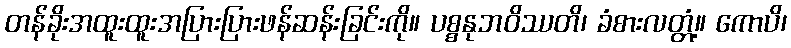
တန်ခိုးအထူးထူးအပြားပြားဖန်ဆန်းခြင်းကို။ ပစ္စနုဘဝိဿတိ၊ ခံစားလတ္တံ့။ ကောပိ၊